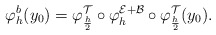
\begin{align*} \varphi_h^b (y_0) = \varphi_{\frac{h}{2}}^{\mathcal{T}} \circ \varphi_h^{ \mathcal{E} + \mathcal{B}} \circ \varphi_{\frac{h}{2}}^{ \mathcal{T} } (y_0).\end{align*}